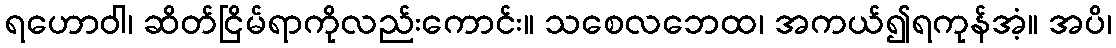
ရဟောဝါ၊ ဆိတ်ငြိမ်ရာကိုလည်းကောင်း။ သစေလဘေထ၊ အကယ်၍ရကုန်အံ့။ အပိ၊